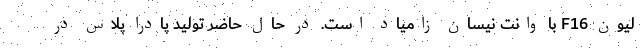
لیون F16 با وانت نیسان زامیاد است. در حال حاضر تولید پادرا پلاس در